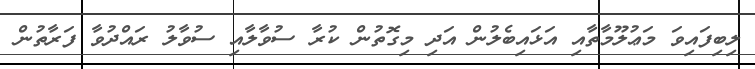
ލިބިފައިވަ މަޢުލޫމާތާއި އަޅައިބެލުން އަދި މިގޮތުން ކުރާ ސުވާލާއި ސުވާލު ރައްދުވާ ފަރާތުން